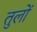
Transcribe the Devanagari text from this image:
तुलों